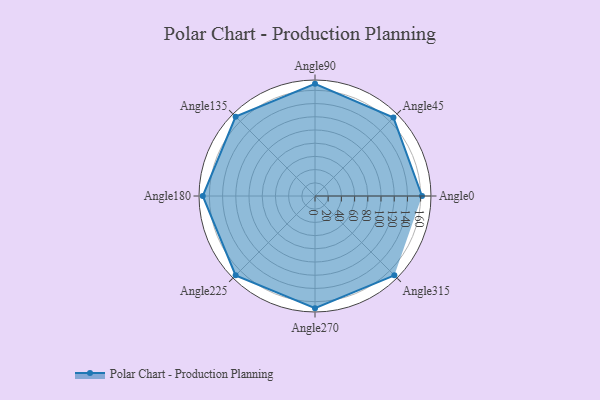
{"axis": {"x": "Angle", "y": "Radius"}, "legend": [""], "data": [{"x": "Angle0", "y": 162.0, "type": ""}, {"x": "Angle45", "y": 168.0, "type": ""}, {"x": "Angle90", "y": 170, "type": ""}, {"x": "Angle135", "y": 170, "type": ""}, {"x": "Angle180", "y": 170, "type": ""}, {"x": "Angle225", "y": 170, "type": ""}, {"x": "Angle270", "y": 170, "type": ""}, {"x": "Angle315", "y": 170, "type": ""}]}